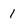
Character: 1